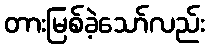
တားမြစ်ခဲ့သော်လည်း